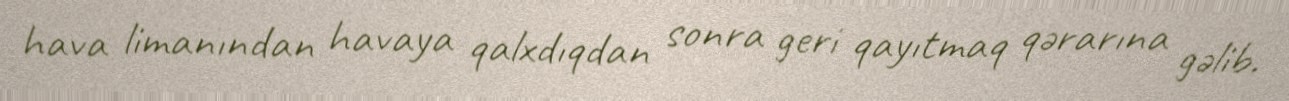
hava limanından havaya qalxdıqdan sonra geri qayıtmaq qərarına gəlib.